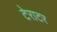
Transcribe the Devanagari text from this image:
टेराटर